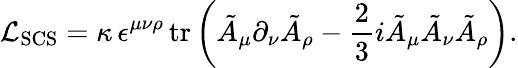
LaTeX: {\cal L}_{\mathrm{SCS}}=\kappa\, \epsilon^{\mu\nu\rho}\, \mathrm{tr}\left(\tilde{A}_{\mu}\partial_{\nu}\tilde{A}_{\rho}-\frac 23i\tilde{A}_{\mu}\tilde{A}_{\nu}\tilde{A}_{\rho}\right).